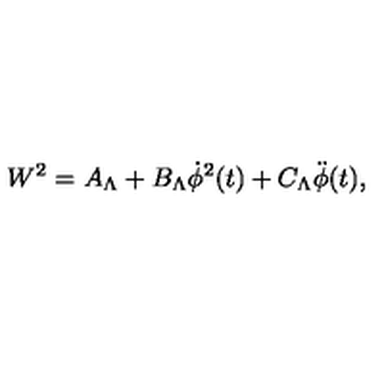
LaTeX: W ^ { 2 } = A _ { \Lambda } + B _ { \Lambda } \dot { \phi } ^ { 2 } ( t ) + C _ { \Lambda } \ddot { \phi } ( t ) ,